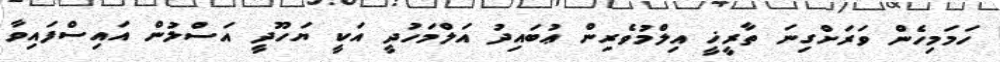
ހަމަމިހެން ވަރަށްގިނަ ތާރީޚީ އިލްމުވެރިން ޢުބައިދު އަލްމަހުދީ އަކީ ޔަހޫދީ އަސްލުން އައިސްފައިވާ